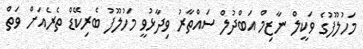
މަހުލޫފުގެ ވަކީލް ނާޒިމް އަބްދުލް ސައްތާރު ވިދާޅުވީ މަހުލޫފު ބެރިކޭޑް ތެރެއަށް ވަތް